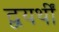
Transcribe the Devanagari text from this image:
द्वयर्थीं